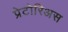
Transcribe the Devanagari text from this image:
प्रेटोरिअस